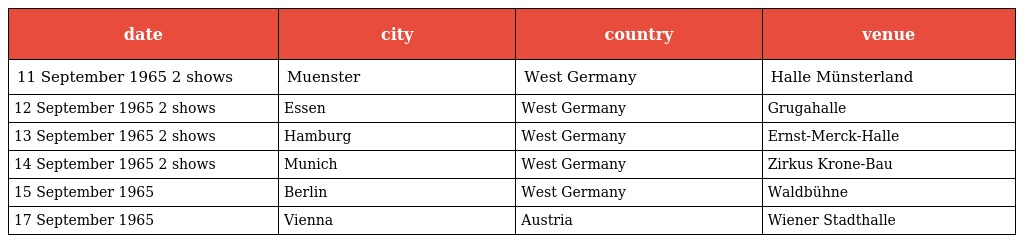
| date | city | country | venue |
 | --- | --- | --- | --- |
 | 11 September 1965 2 shows | Muenster | West Germany | Halle Münsterland |
 | 12 September 1965 2 shows | Essen | West Germany | Grugahalle |
 | 13 September 1965 2 shows | Hamburg | West Germany | Ernst-Merck-Halle |
 | 14 September 1965 2 shows | Munich | West Germany | Zirkus Krone-Bau |
 | 15 September 1965 | Berlin | West Germany | Waldbühne |
 | 17 September 1965 | Vienna | Austria | Wiener Stadthalle |